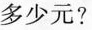
多少元?